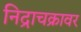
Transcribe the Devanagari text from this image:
निद्राचक्रावर